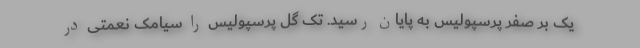
یک بر صفر پرسپولیس به پایان رسید. تک گل پرسپولیس را سیامک نعمتی در